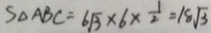
S _ { \Delta } A B C = 6 \sqrt { 3 } \times 6 \times \frac { 1 } { 2 } = 1 8 \sqrt { 3 }